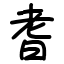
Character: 耆